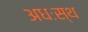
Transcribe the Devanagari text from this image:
अधःस्थ